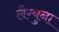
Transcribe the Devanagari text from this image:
लैग्युना